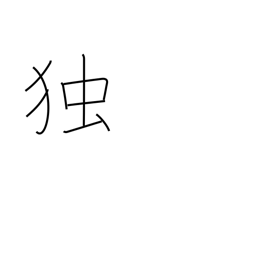
Meaning: single